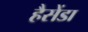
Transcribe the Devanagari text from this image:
हैसेंडा